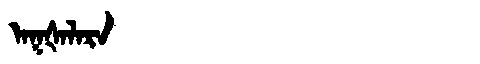
Manchu: ᠠᡴᡧᠠᠯᠠᡵᠠ
Romanization: AKŠALARA